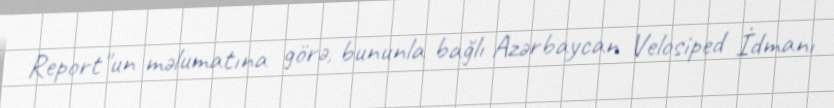
Report"un məlumatına görə, bununla bağlı Azərbaycan Velosiped İdmanı